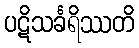
ပဋိသင်္ခရိဿတိ